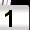
Digit: 1